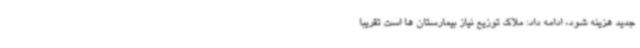
جدید هزینه شود، ادامه داد: ملاک توزیع نیاز بیمارستان ها است تقریبا